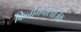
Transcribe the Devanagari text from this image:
फिनोमेनोलॉजिक